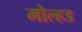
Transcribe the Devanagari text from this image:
मोल्हड